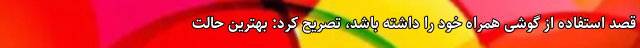
قصد استفاده از گوشی همراه خود را داشته باشد، تصریح کرد: بهترین حالت